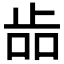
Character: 𣥧